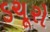
ડચૂરો